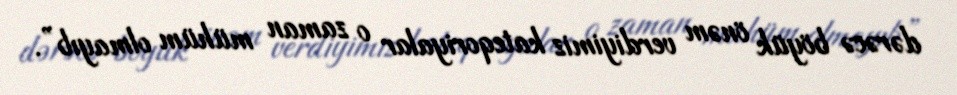
dərəcə böyük önəm verdiyimiz kateqoriyalar o zaman mühüm olmayıb”.